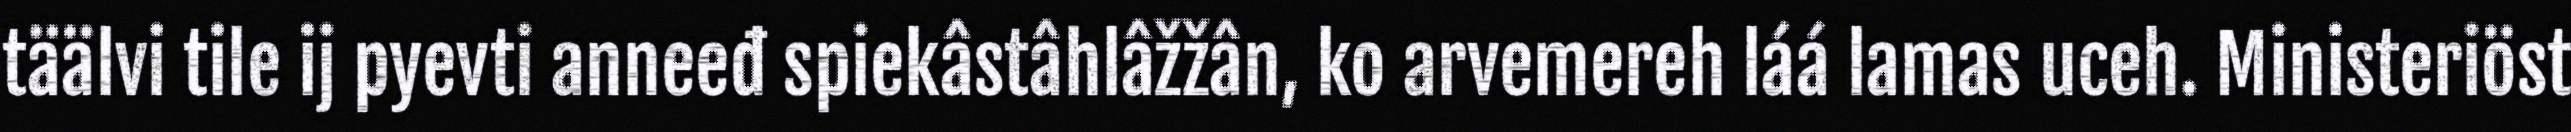
täälvi tile ij pyevti anneeđ spiekâstâhlâžžân, ko arvemereh láá lamas uceh. Ministeriöst